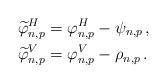
LaTeX: \begin{align*} \widetilde{\varphi}^{H}_{n,p} &= \varphi^{H}_{n,p} - \psi_{n,p}\,, \\ \widetilde{\varphi}^{V}_{n,p} &= \varphi^{V}_{n,p} - \rho_{n,p}\,.\end{align*}